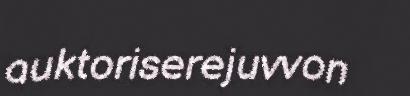
auktoriserejuvvon